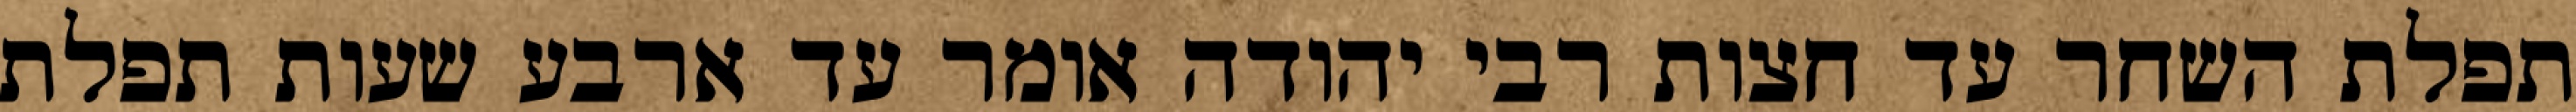
תפלת השחר עד חצות רבי יהודה אומר עד ארבע שעות תפלת